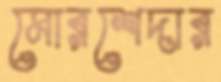
মোরশেদার